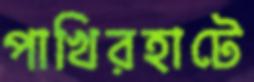
পাখিরহাটে